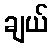
ချယ်